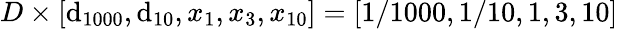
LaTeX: D\times[\mathrm{d}_{1000},\mathrm{d}_{10},x_{1},x_{3},x_{10}]=[1/1000,1/10,1,3,10]